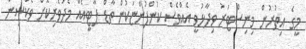
މީގެ އިތުރުން މިނިސްޓަރު ވިދާޅުވީ އެއްވެސް ކުންފުންޏަކުން ތާޑް ޕާޓީއެއް މެދުވެރިކޮށް ވެކްސިން